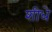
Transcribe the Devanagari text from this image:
शीधे